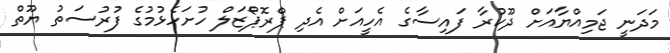
މަދަނީ ޖަމިއްޔާއަށް ދޫކުރާ ފައިސާގެ އެހީއަށް އެދި ޕްރޮޕޯޒަލް ހުށަހެޅުމުގެ ފުރުސަތު ޔޫތް